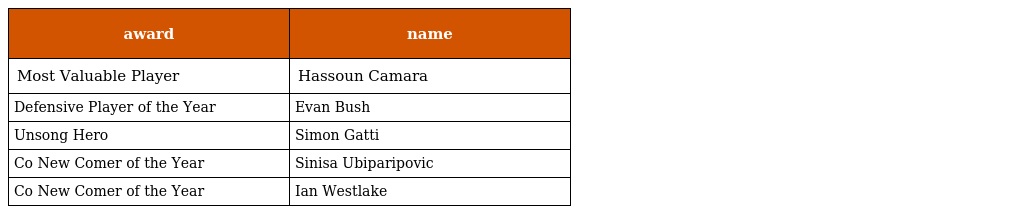
| award | name |
 | --- | --- |
 | Most Valuable Player | Hassoun Camara |
 | Defensive Player of the Year | Evan Bush |
 | Unsong Hero | Simon Gatti |
 | Co New Comer of the Year | Sinisa Ubiparipovic |
 | Co New Comer of the Year | Ian Westlake |